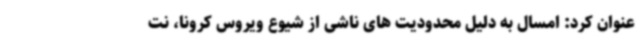
عنوان کرد: امسال به دلیل محدودیت های ناشی از شیوع ویروس کرونا، نت